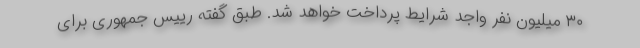
۳۰ میلیون نفر واجد شرایط پرداخت خواهد شد. طبق گفته رییس جمهوری برای